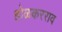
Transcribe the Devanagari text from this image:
होळकरराव